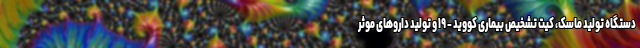
دستگاه تولید ماسک، کیت تشخیص بیماری کووید - ۱۹ و تولید داروهای موثر